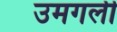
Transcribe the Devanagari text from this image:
उमगली